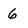
Character: 6